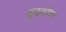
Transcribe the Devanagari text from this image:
कुझ्कोचा